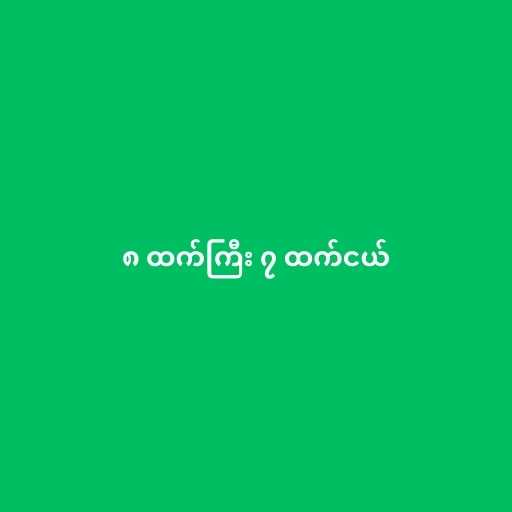
၈ ထက်ကြီး ၇ ထက်ငယ်